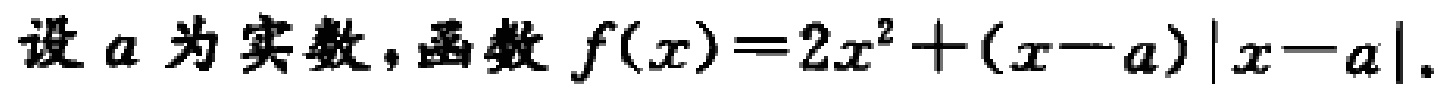
设 \(a\) 为实数，函数 \(f(x)=2x^{2}+(x - a)|x - a|\)。